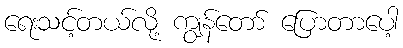
ရေးသင့်တယ်လို့ ကျွန်တော် ပြောတာပေါ့